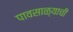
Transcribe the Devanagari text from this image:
पावसाळ्याची